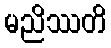
မညိဿတိ